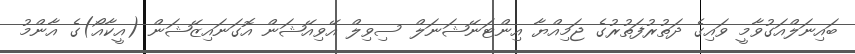
ބައިނަލްއަގުވާމީ ވައިގެ ދަތުރުފަތުރުގެ ޖަމިއްޔާ އިންޓަނޭޝަނަލް ސިވިލް އޭވިއޭޝަން އޮގަނައިޒޭޝަން (އީކާއޯ)ގެ އާންމު